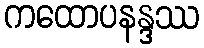
ကထောပနန္ဒဿ